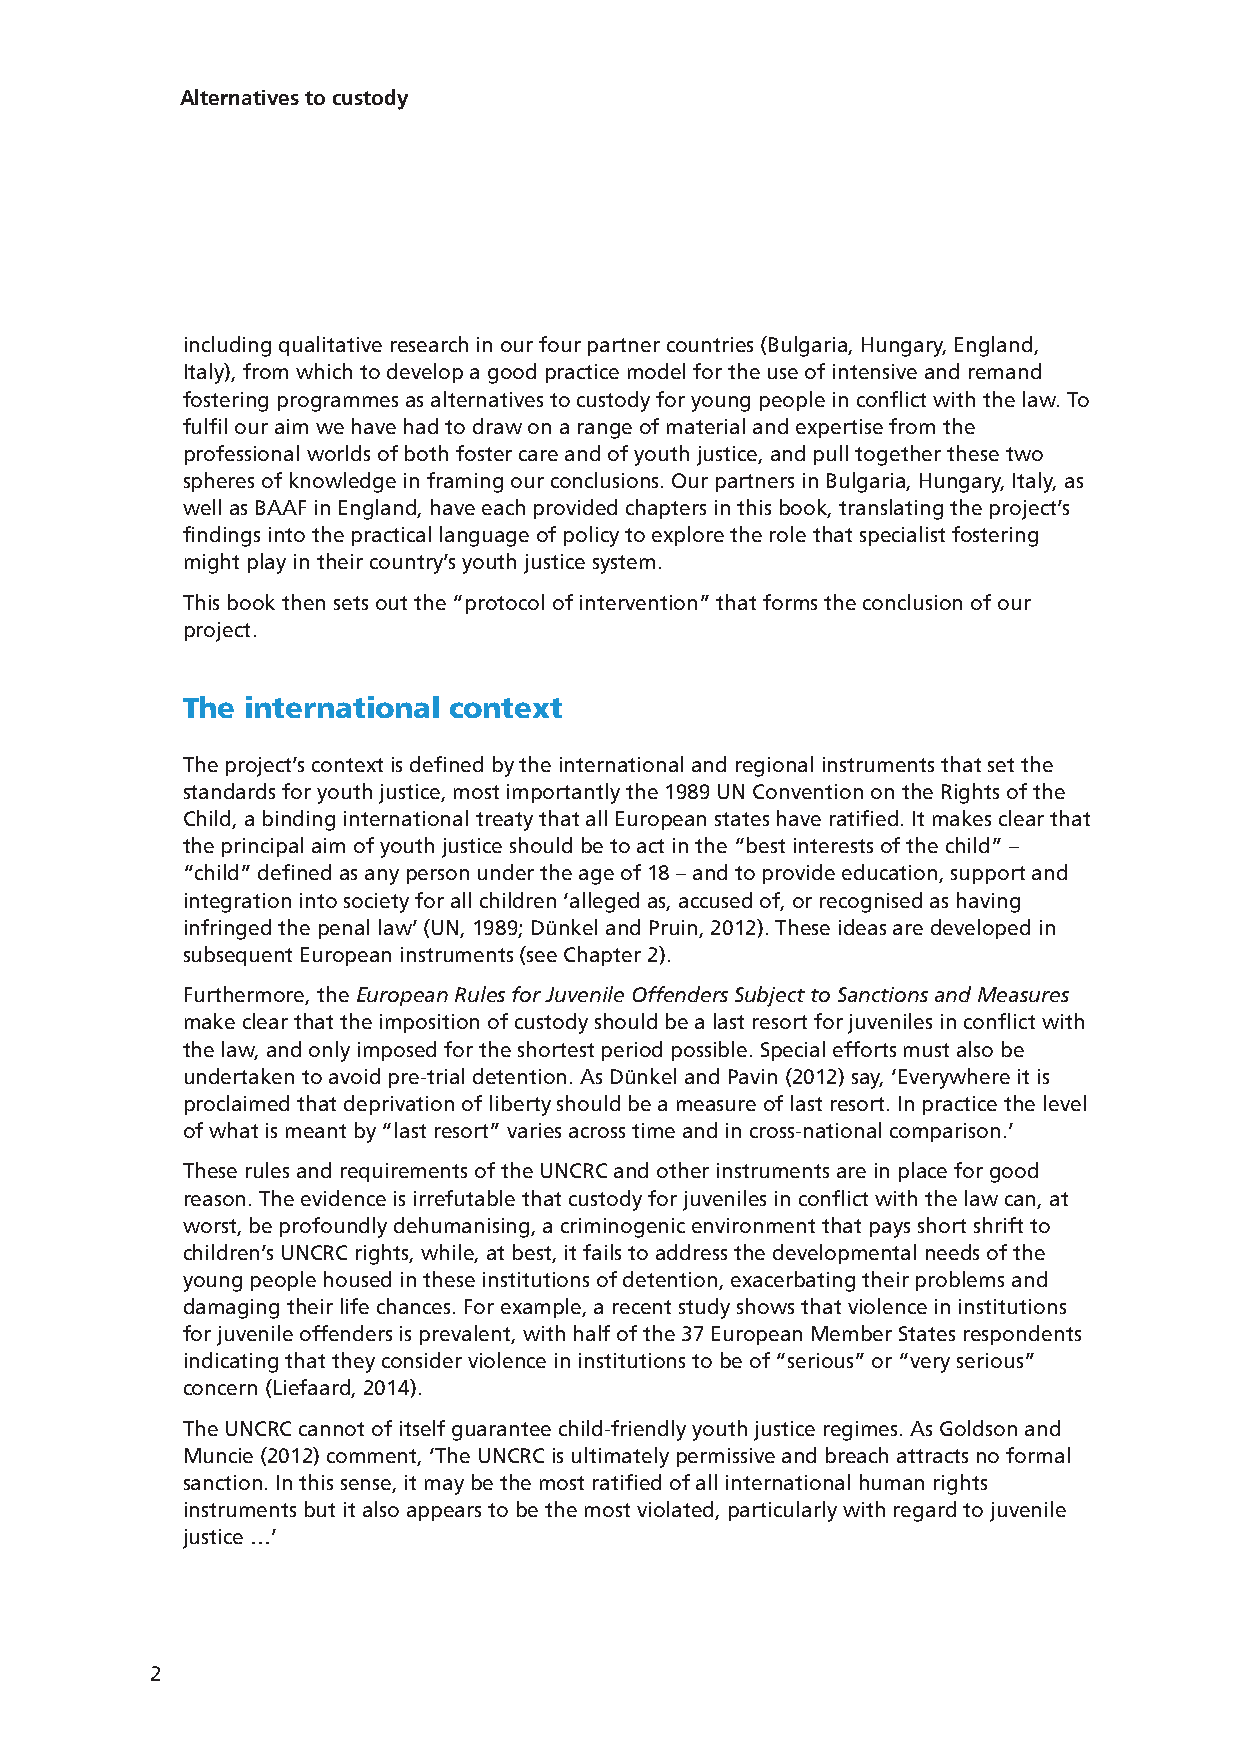
Alternatives to custody
 including qualitative research in our four partner countries (Bulgaria, Hungary, England,
 Italy), from which to develop a good practice model for the use of intensive and remand
 fostering programmes as alternatives to custody for young people in conflict with the law. To
 fulfil our aim we have had to draw on a range of material and expertise from the
 professional worlds of both foster care and of youth justice, and pull together these two
 spheres of knowledge in framing our conclusions. Our partners in Bulgaria, Hungary, Italy, as
 well as BAAF in England, have each provided chapters in this book, translating the project’s
 findings into the practical language of policy to explore the role that specialist fostering
 might play in their country’s youth justice system.
 This book then sets out the “protocol of intervention” that forms the conclusion of our
 project.
 The international context
 The project’s context is defined by the international and regional instruments that set the
 standards for youth justice, most importantly the 1989 UN Convention on the Rights of the
 Child, a binding international treaty that all European states have ratified. It makes clear that
 the principal aim of youth justice should be to act in the “best interests of the child” –
 “child” defined as any person under the age of 18 – and to provide education, support and
 integration into society for all children ‘alleged as, accused of, or recognised as having
 infringed the penal law’ (UN, 1989; Dünkel and Pruin, 2012). These ideas are developed in
 subsequent European instruments (see Chapter 2).
 Furthermore, the European Rules for Juvenile Offenders Subject to Sanctions and Measures
 make clear that the imposition of custody should be a last resort for juveniles in conflict with
 the law, and only imposed for the shortest period possible. Special efforts must also be
 undertaken to avoid pre-trial detention. As Dünkel and Pavin (2012) say, ‘Everywhere it is
 proclaimed that deprivation of liberty should be a measure of last resort. In practice the level
 of what is meant by “last resort” varies across time and in cross-national comparison.’
 These rules and requirements of the UNCRC and other instruments are in place for good
 reason. The evidence is irrefutable that custody for juveniles in conflict with the law can, at
 worst, be profoundly dehumanising, a criminogenic environment that pays short shrift to
 children’s UNCRC rights, while, at best, it fails to address the developmental needs of the
 young people housed in these institutions of detention, exacerbating their problems and
 damaging their life chances. For example, a recent study shows that violence in institutions
 for juvenile offenders is prevalent, with half of the 37 European Member States respondents
 indicating that they consider violence in institutions to be of “serious” or “very serious”
 concern (Liefaard, 2014).
 The UNCRC cannot of itself guarantee child-friendly youth justice regimes. As Goldson and
 Muncie (2012) comment, ‘The UNCRC is ultimately permissive and breach attracts no formal
 sanction. In this sense, it may be the most ratified of all international human rights
 instruments but it also appears to be the most violated, particularly with regard to juvenile
 justice …’
 2